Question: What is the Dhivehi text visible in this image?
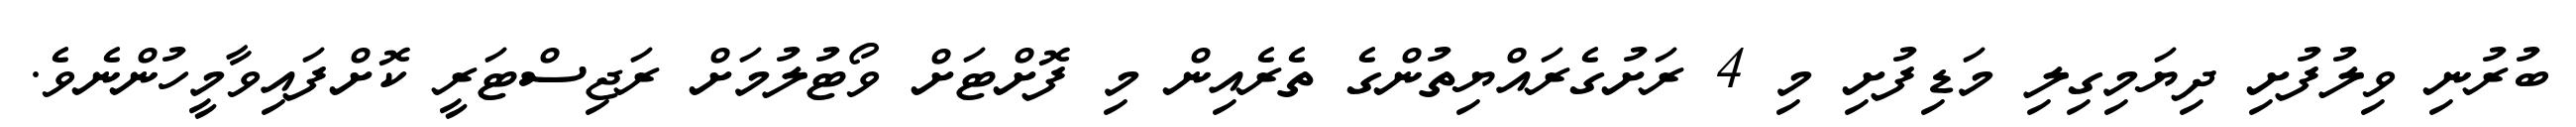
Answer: ބުރުނި ވިލުފުށި ދިޔަމިގިލި މަޑިފުށި މި 4 ރަށުގެރައްޔިތުންގެ ތެރެއިން މި ފޮށްޓަށް ވޯޓުލުމަށް ރަޖިސްޓަރީ ކޮށްފައިވާމީހުންނެވެ.